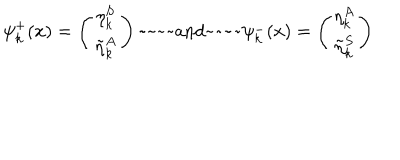
LaTeX: \psi _ { k } ^ { + } ( x ) = \left( \begin{matrix} { { \eta _ { k } ^ { S } } } \\ { { \tilde { \eta } _ { k } ^ { A } } } \\ \end{matrix} \right) \mathrm { ~ a n d ~ } \psi _ { k } ^ { - } ( x ) = \left( \begin{matrix} { { \eta _ { k } ^ { A } } } \\ { { \tilde { \eta } _ { k } ^ { S } } } \\ \end{matrix} \right)